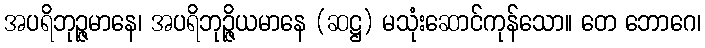
အပရိဘုဉ္ဇမာနေ၊ အပရိဘုဉ္ဇိယမာနေ (ဆဋ္ဌ) မသုံးဆောင်ကုန်သော။ တေ ဘောဂေ၊